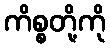
ကိစ္စတို့ကို